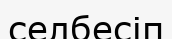
селбесіп